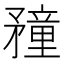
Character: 䂌